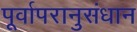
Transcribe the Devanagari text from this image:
पूर्वापरानुसंधान